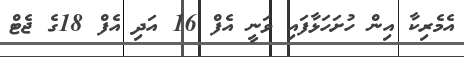
އެމެރިކާ އިން ހުށަހަޅާފައި ވަނީ އެފް 16 އަދި އެފް 18ގެ ޖެޓް